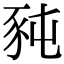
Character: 豘